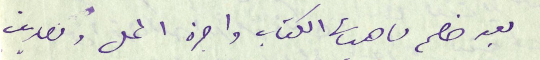
بعد خصم ماهيات الكتاب واجرة المحل ومصاريف